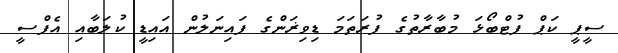
ސީޕީ ކަޕް ފުޓްބޯޅަ މުބާރާތުގެ ފުރަތަމަ ޑިވިޜަންގެ ފައިނަލުން އައިޑީ ކުލަބާއި އެފްސީ